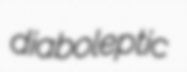
diaboleptic